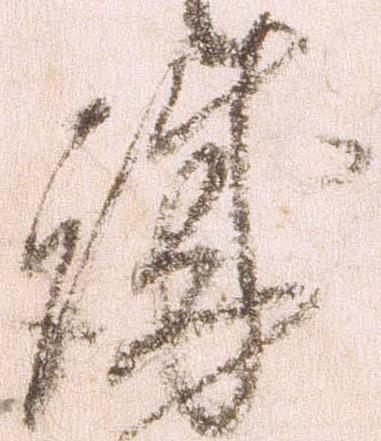
殊